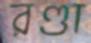
রণ্ডা